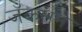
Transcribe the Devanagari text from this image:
जॅकसन